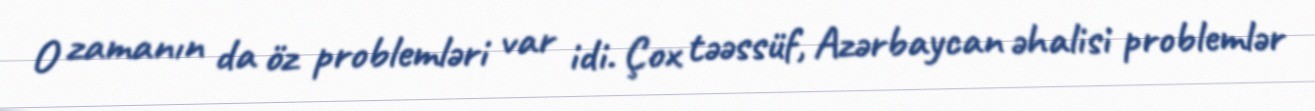
O zamanın da öz problemləri var idi. Çox təəssüf, Azərbaycan əhalisi problemlər